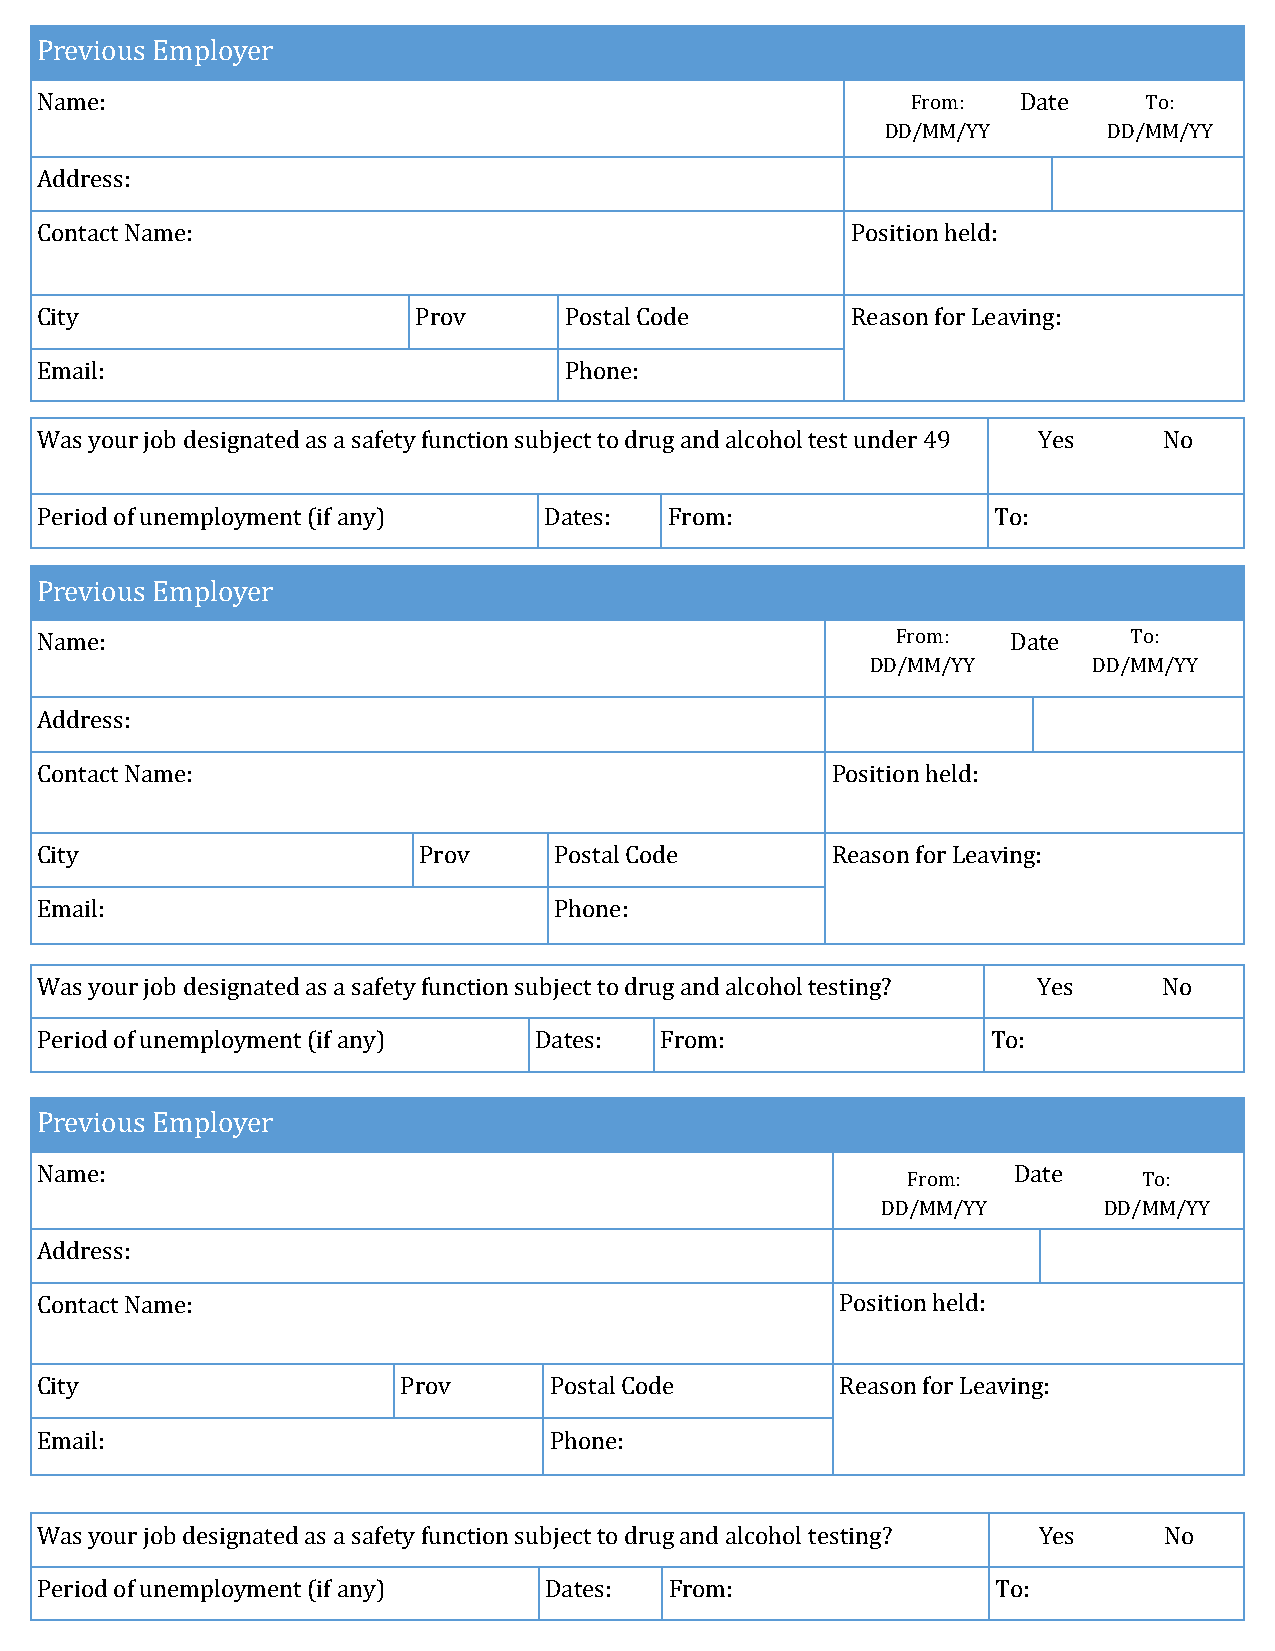
Previous Employer
 Name:                                                     From:   Date    To:
 DD/MM/YY      DD/MM/YY
 Address:
 Contact Name:                                         Position held:
 City                     Prov      Postal Code        Reason for Leaving:
 Email:                             Phone:
 Was your job designated as a safety function subject to drug and alcohol test under 49 Yes No
 Period of unemployment (if any)   Dates:  From:                 To:
 Previous Employer
 Name:                                                    From:   Date    To:
 DD/MM/YY      DD/MM/YY
 Address:
 Contact Name:                                        Position held:
 City                      Prov     Postal Code       Reason for Leaving:
 Email:                             Phone:
 Was your job designated as a safety function subject to drug and alcohol testing? Yes No
 Period of unemployment (if any)  Dates:   From:                 To:
 Previous Employer
 Name:                                                            Date
 From:           To:
 DD/MM/YY       DD/MM/YY
 Address:
 Contact Name:                                         Position held:
 City                     Prov     Postal Code         Reason for Leaving:
 Email:                            Phone:
 Was your job designated as a safety function subject to drug and alcohol testing? Yes No
 Period of unemployment (if any)   Dates:  From:                 To: